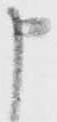
申